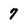
Character: 7